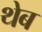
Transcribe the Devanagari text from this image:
थेब